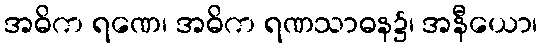
အဓိက ရဏေ၊ အဓိက ရဏသာဓန၌၊ အနီယော၊